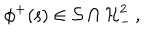
LaTeX: \phi ^ { + } ( { \mathsf s } ) \in { \cal S } \cap { \cal H } _ { - } ^ { 2 } \, ,